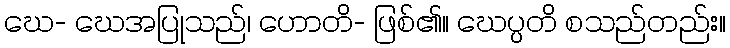
ဃေ- ဃေအပြုသည်၊ ဟောတိ- ဖြစ်၏။ ဃေပ္ပတိ စသည်တည်း။